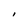
Character: I